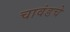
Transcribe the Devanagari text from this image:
चावंडचे